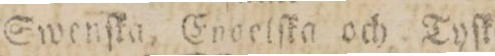
Swenſka, Envelſka och Tyſka